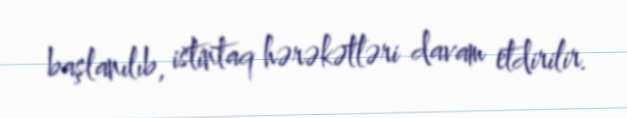
başlanılıb, istintaq hərəkətləri davam etdirilir.